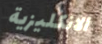
الانكليزية